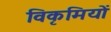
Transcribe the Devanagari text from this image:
विकृमियों